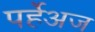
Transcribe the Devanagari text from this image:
पर्हेअज